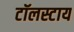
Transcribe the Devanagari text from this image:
टॉलस्टाय